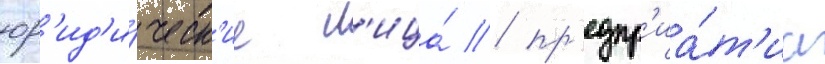
юр'ид'и́ческ'ие л'ица́ / пр'едпр'иа́т'иа